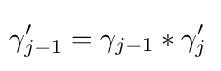
\!\gamma _{j-1}'=\gamma _{j-1}\ast \gamma _{j}'